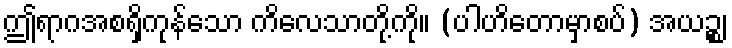
ဤရာဂအစရှိကုန်သော ကိလေသာတို့ကို။ (ပါဟိတောမှာစပ်) အယဉ္စ၊